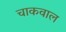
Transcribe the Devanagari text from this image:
चाकवाल